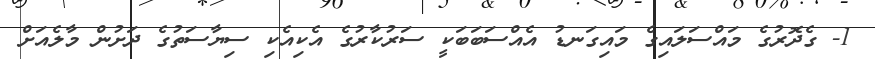
1- ގެދޮރުގެ މައްސަލައިގެ މައިގަނޑު އެއްސަބަބަކީ ސަރުކާރުގެ އެކިއެކި ސިޔާސަތުގެ ދަށުން މާލެއަށް